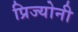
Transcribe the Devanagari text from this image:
प्रिज्योनी